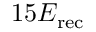
1 5 E _ { \mathrm { r e c } }